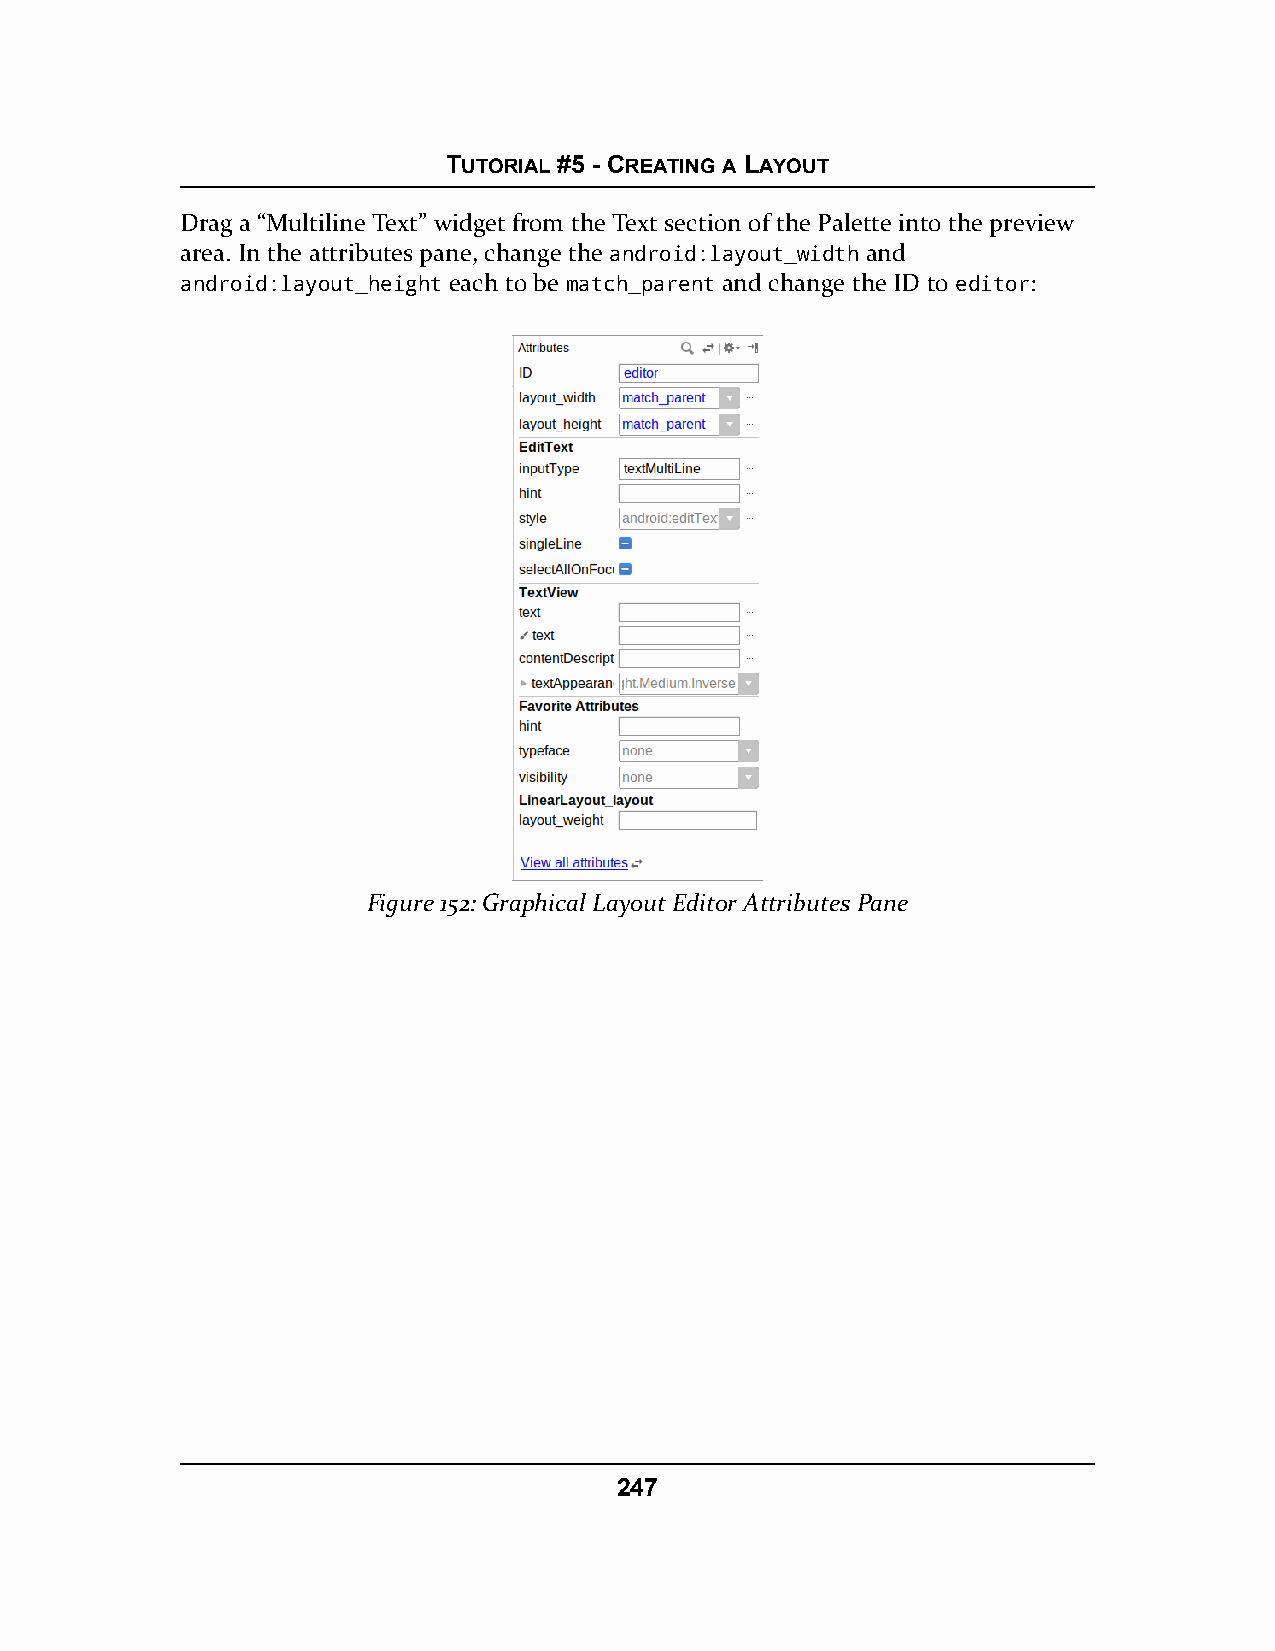
TUTORIAL #5 - CREATING A LAYOUT
 Drag a “Multiline Text” widget from the Text section of the Palette into the preview
 area. In the attributes pane, change the android:layout_width and
 android:layout_height each to be match_parent and change the ID to editor:
 Figure 152: Graphical Layout Editor Attributes Pane
 247